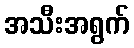
အသီးအရွက်